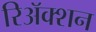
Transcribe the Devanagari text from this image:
रिअॅक्शन